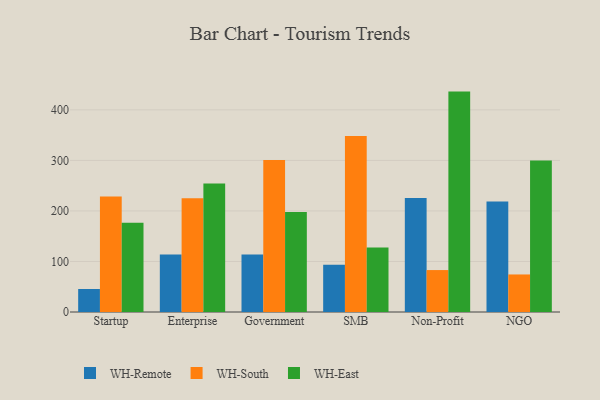
{"axis": {"x": "Segment", "y": "Churn Rate (%)"}, "legend": ["WH-East", "WH-Remote", "WH-South"], "data": [{"x": "Startup", "y": 45.5, "type": "WH-Remote"}, {"x": "Startup", "y": 228.6, "type": "WH-South"}, {"x": "Startup", "y": 176.6, "type": "WH-East"}, {"x": "Enterprise", "y": 113.6, "type": "WH-Remote"}, {"x": "Enterprise", "y": 225.3, "type": "WH-South"}, {"x": "Enterprise", "y": 254.1, "type": "WH-East"}, {"x": "Government", "y": 114.0, "type": "WH-Remote"}, {"x": "Government", "y": 300.6, "type": "WH-South"}, {"x": "Government", "y": 197.9, "type": "WH-East"}, {"x": "SMB", "y": 93.4, "type": "WH-Remote"}, {"x": "SMB", "y": 348.2, "type": "WH-South"}, {"x": "SMB", "y": 127.7, "type": "WH-East"}, {"x": "Non-Profit", "y": 225.7, "type": "WH-Remote"}, {"x": "Non-Profit", "y": 83.0, "type": "WH-South"}, {"x": "Non-Profit", "y": 436.2, "type": "WH-East"}, {"x": "NGO", "y": 218.7, "type": "WH-Remote"}, {"x": "NGO", "y": 74.3, "type": "WH-South"}, {"x": "NGO", "y": 300.0, "type": "WH-East"}]}